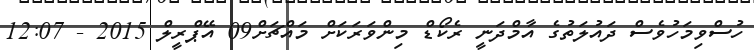
ހުސްވިމަހުވެސް ދައުލަތުގެ އާމްދަނީ ރެކޯޑް މިންވަރަކަށް މައްޗަށް09 އޭޕްރީލް 2015 - 12:07